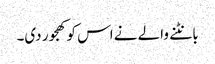
بانٹنے والے نے اس کو کھجور دی۔